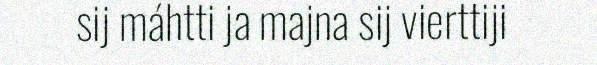
sij máhtti ja majna sij vierttiji